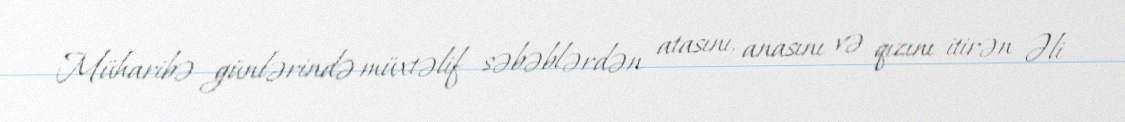
Müharibə günlərində müxtəlif səbəblərdən atasını, anasını və qızını itirən Əli